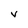
Character: v